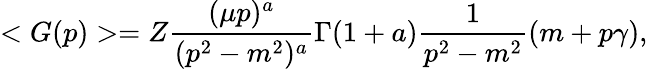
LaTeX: <G(p)>=Z\frac{(\mu p)^{a}}{(p^{2}-m^{2})^{a}}\Gamma(1+a)\frac{1}{p^{2}-m^{2}}\left(m+p\gamma\right),